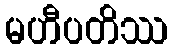
မဟီပတိဿ